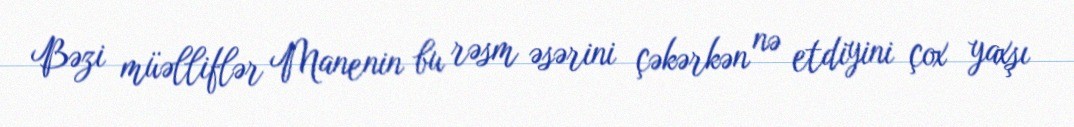
Bəzi müəlliflər Manenin bu rəsm əsərini çəkərkən nə etdiyini çox yaxşı